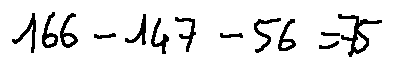
1 6 6 - 1 4 7 - 5 6 = 7 5